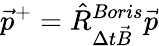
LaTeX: \vec{p}^{+}=\hat{R}_{\Delta t\vec{B}}^{Boris}\vec{p}